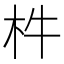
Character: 㭌